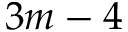
3 m - 4